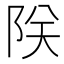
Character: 𫕀